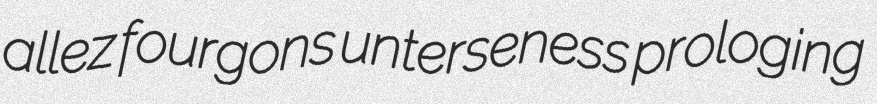
allez fourgons unterseness prologing